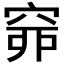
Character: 𥥹